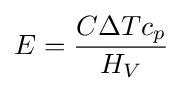
E={C\Delta Tc_{p} \over H_{V}}